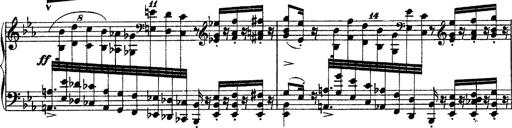
Title: Grandes Ã©tudes de Paganini
Composer: Franz Liszt